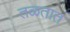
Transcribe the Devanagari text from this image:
तळतात